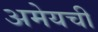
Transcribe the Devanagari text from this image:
अमेयची